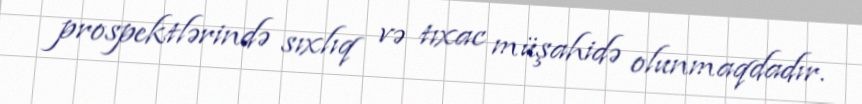
prospektlərində sıxlıq və tıxac müşahidə olunmaqdadır.